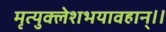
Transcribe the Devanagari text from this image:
मृत्युक्लेशभयावहान्।।